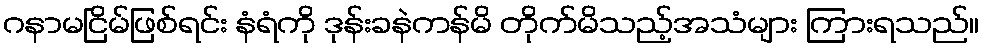
ဂနာမငြိမ်ဖြစ်ရင်း နံရံကို ဒုန်းခနဲကန်မိ တိုက်မိသည့်အသံများ ကြားရသည်။